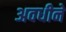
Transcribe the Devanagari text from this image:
अवधीने